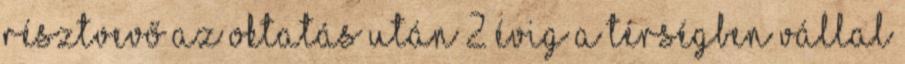
résztvevő az oktatás után 2 évig a térségben vállal